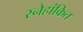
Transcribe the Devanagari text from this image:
स्नेहांकित